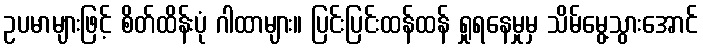
ဥပမာများဖြင့် စိတ်ထိန်းပုံ ဂါထာများ။ ပြင်းပြင်းထန်ထန် ရှုရနေမှုမှ သိမ်မွေ့သွားအောင်